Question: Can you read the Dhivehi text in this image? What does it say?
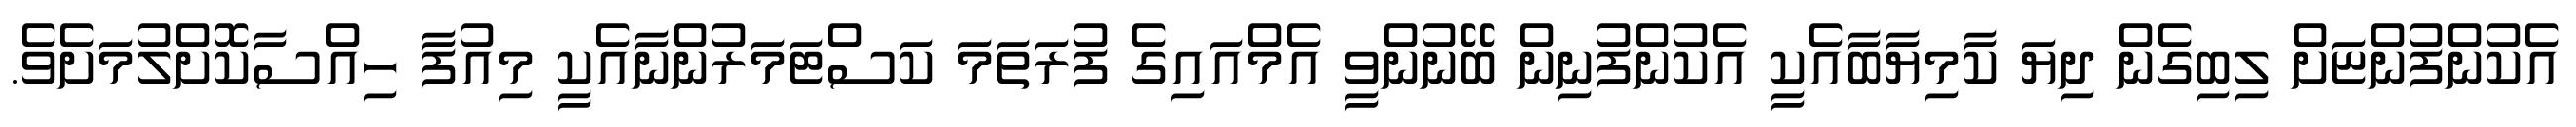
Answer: އެކުންފުންޏަށް ލިބިގެން ދިޔަ ކާމިޔާބާއެކީ އެކުންފުނިން ބޭނުންވީ އެމްއައިގެ ފުރަތަމަ ކަސްޓަމަރުންނާއެކީ މިއުފާ ހިއްސާކޮށްލުމަށެވެ.